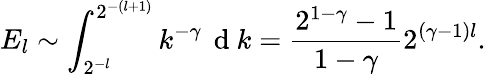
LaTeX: E_{l}\sim\int_{2^{-l}}^{2^{-(l+1)}}k^{-\gamma}\, \mathrm{~d~}k=\frac{2^{1-\gamma}-1}{1-\gamma}2^{(\gamma-1)l}.